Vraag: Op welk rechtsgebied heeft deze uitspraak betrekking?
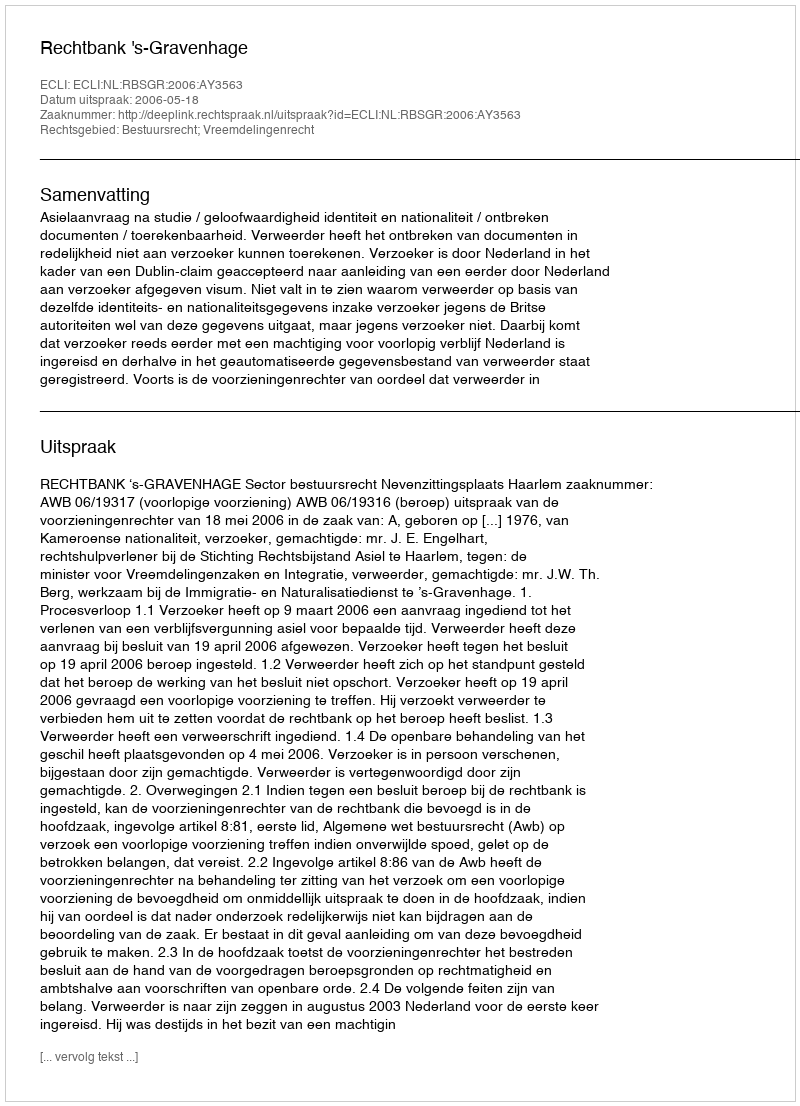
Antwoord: Bestuursrecht; Vreemdelingenrecht